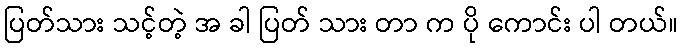
ပြတ်သား သင့်တဲ့ အ ခါ ပြတ် သား တာ က ပို ကောင်း ပါ တယ်။